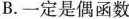
B.一定是偶函数